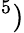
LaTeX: ^5)